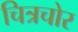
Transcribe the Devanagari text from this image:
चित्रचोर